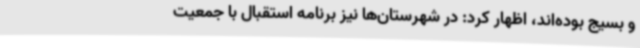
و بسیج بوده‌اند، اظهار کرد: در شهرستان‌ها نیز برنامه استقبال با جمعیت